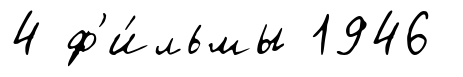
4 ф'и́льмы 1946